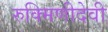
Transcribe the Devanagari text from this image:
रुक्मिणीदेवी